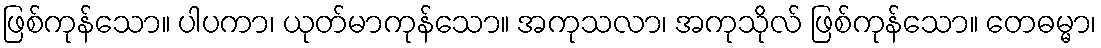
ဖြစ်ကုန်သော။ ပါပကာ၊ ယုတ်မာကုန်သော။ အကုသလာ၊ အကုသိုလ် ဖြစ်ကုန်သော။ တေဓမ္မာ၊